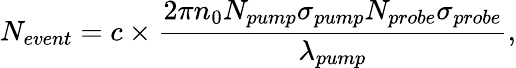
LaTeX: N_{event}=c\times\frac{2\pi n_{0}N_{pump}\sigma_{pump}N_{probe}\sigma_{probe}}{\lambda_{pump}},